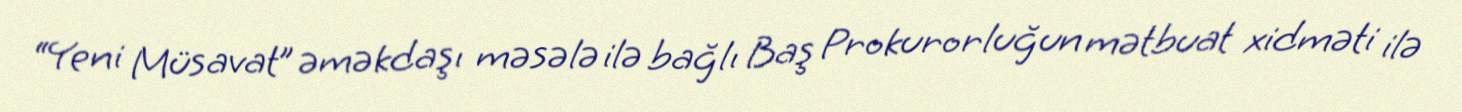
“Yeni Müsavat” əməkdaşı məsələ ilə bağlı Baş Prokurorluğun mətbuat xidməti ilə